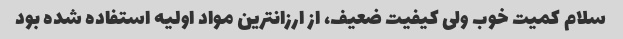
سلام کمیت خوب ولی کیفیت ضعیف، از ارزانترین مواد اولیه استفاده شده بود